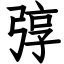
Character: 弴